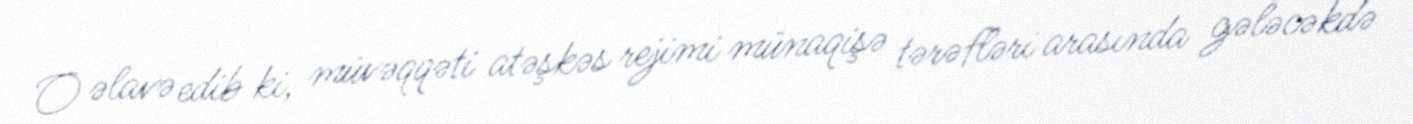
O əlavə edib ki, müvəqqəti atəşkəs rejimi münaqişə tərəfləri arasında gələcəkdə